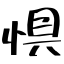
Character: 惧